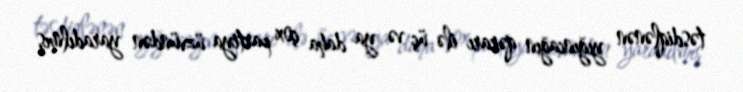
təsdiqlənən yığıncağın qərarı ilə üç və ya daha çox partiya üzvündən yaradılmış